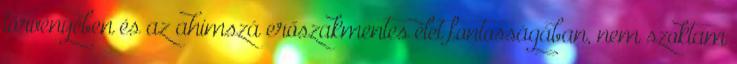
törvényében és az ahimszá erőszakmentes élet fontosságában, nem szoktam